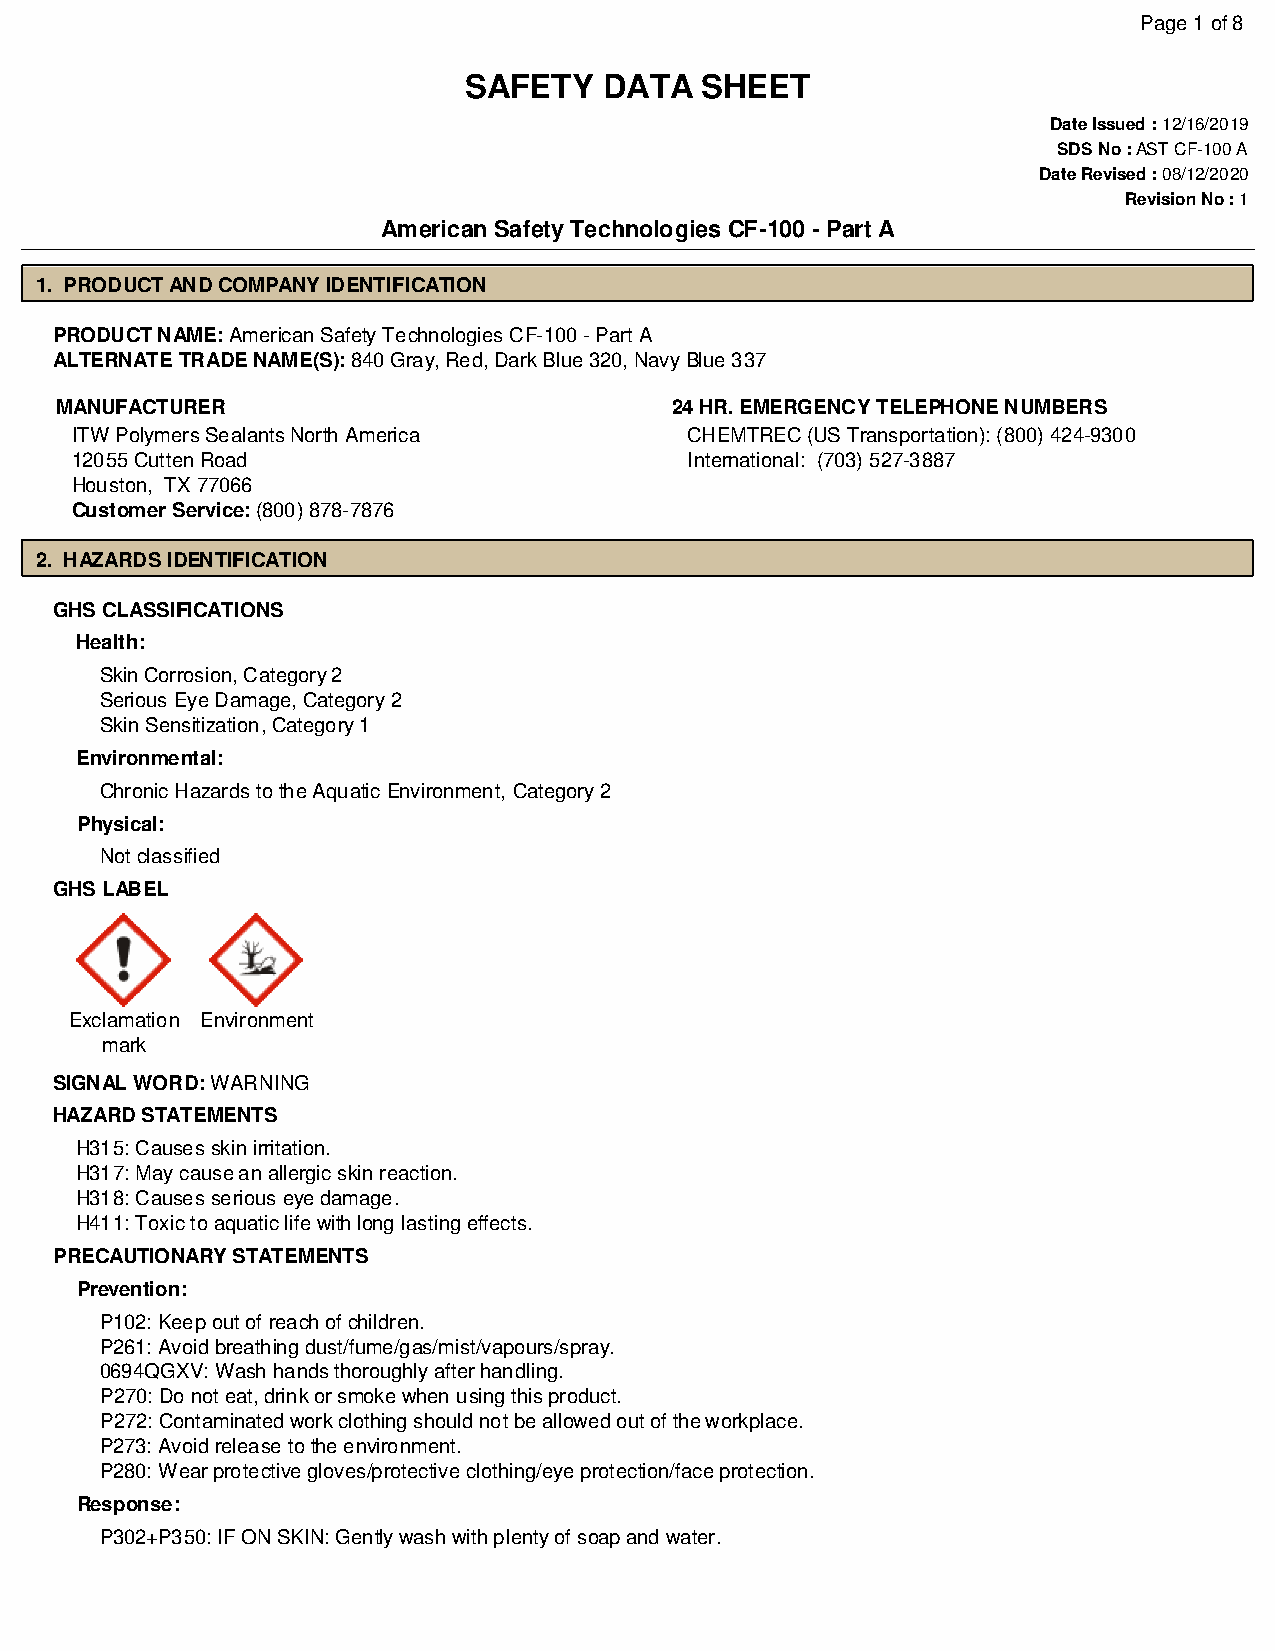
Page 1 of 8
 SAFETY   DATA  SHEET
 Date Issued : 12/16/2019
 SDS No : AST CF-100 A
 Date Revised : 08/12/2020
 Revision No : 1
 American Safety Technologies CF-100 - Part A
 1. PRODUCT AND COMPANY IDENTIFICATION
 PRODUCT NAME: American Safety Technologies CF-100 - Part A
 ALTERNATE TRADE NAME(S): 840 Gray, Red, Dark Blue 320, Navy Blue 337
 MANUFACTURER                            24 HR. EMERGENCY TELEPHONE NUMBERS
 ITW Polymers Sealants North America      CHEMTREC (US Transportation): (800) 424-9300
 12055 Cutten Road                        International: (703) 527-3887
 Houston, TX 77066
 Customer Service: (800) 878-7876
 2. HAZARDS IDENTIFICATION
 GHS CLASSIFICATIONS
 Health:
 Skin Corrosion, Category 2
 Serious Eye Damage, Category 2
 Skin Sensitization, Category 1
 Environmental:
 Chronic Hazards to the Aquatic Environment, Category 2
 Physical:
 Not classified
 GHS LABEL
 Exclamation Environment
 mark
 SIGNAL WORD: WARNING
 HAZARD STATEMENTS
 H315: Causes skin irritation.
 H317: May cause an allergic skin reaction.
 H318: Causes serious eye damage.
 H411: Toxic to aquatic life with long lasting effects.
 PRECAUTIONARY STATEMENTS
 Prevention:
 P102: Keep out of reach of children.
 P261: Avoid breathing dust/fume/gas/mist/vapours/spray.
 0694QGXV: Wash hands thoroughly after handling.
 P270: Do not eat, drink or smoke when using this product.
 P272: Contaminated work clothing should not be allowed out of the workplace.
 P273: Avoid release to the environment.
 P280: Wear protective gloves/protective clothing/eye protection/face protection.
 Response:
 P302+P350: IF ON SKIN: Gently wash with plenty of soap and water.